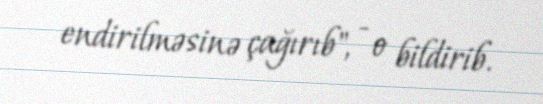
endirilməsinə çağırıb", - o bildirib.